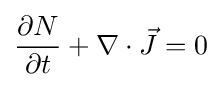
{\frac {\partial N}{\partial t}}+\nabla \cdot {\vec {J}}=0